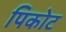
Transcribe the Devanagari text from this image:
पिकोट